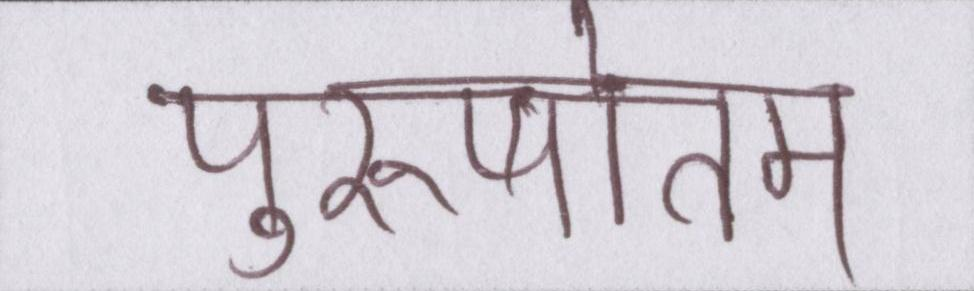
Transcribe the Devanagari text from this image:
पुरुषोत्तम